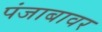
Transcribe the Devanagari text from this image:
पंजाबावर